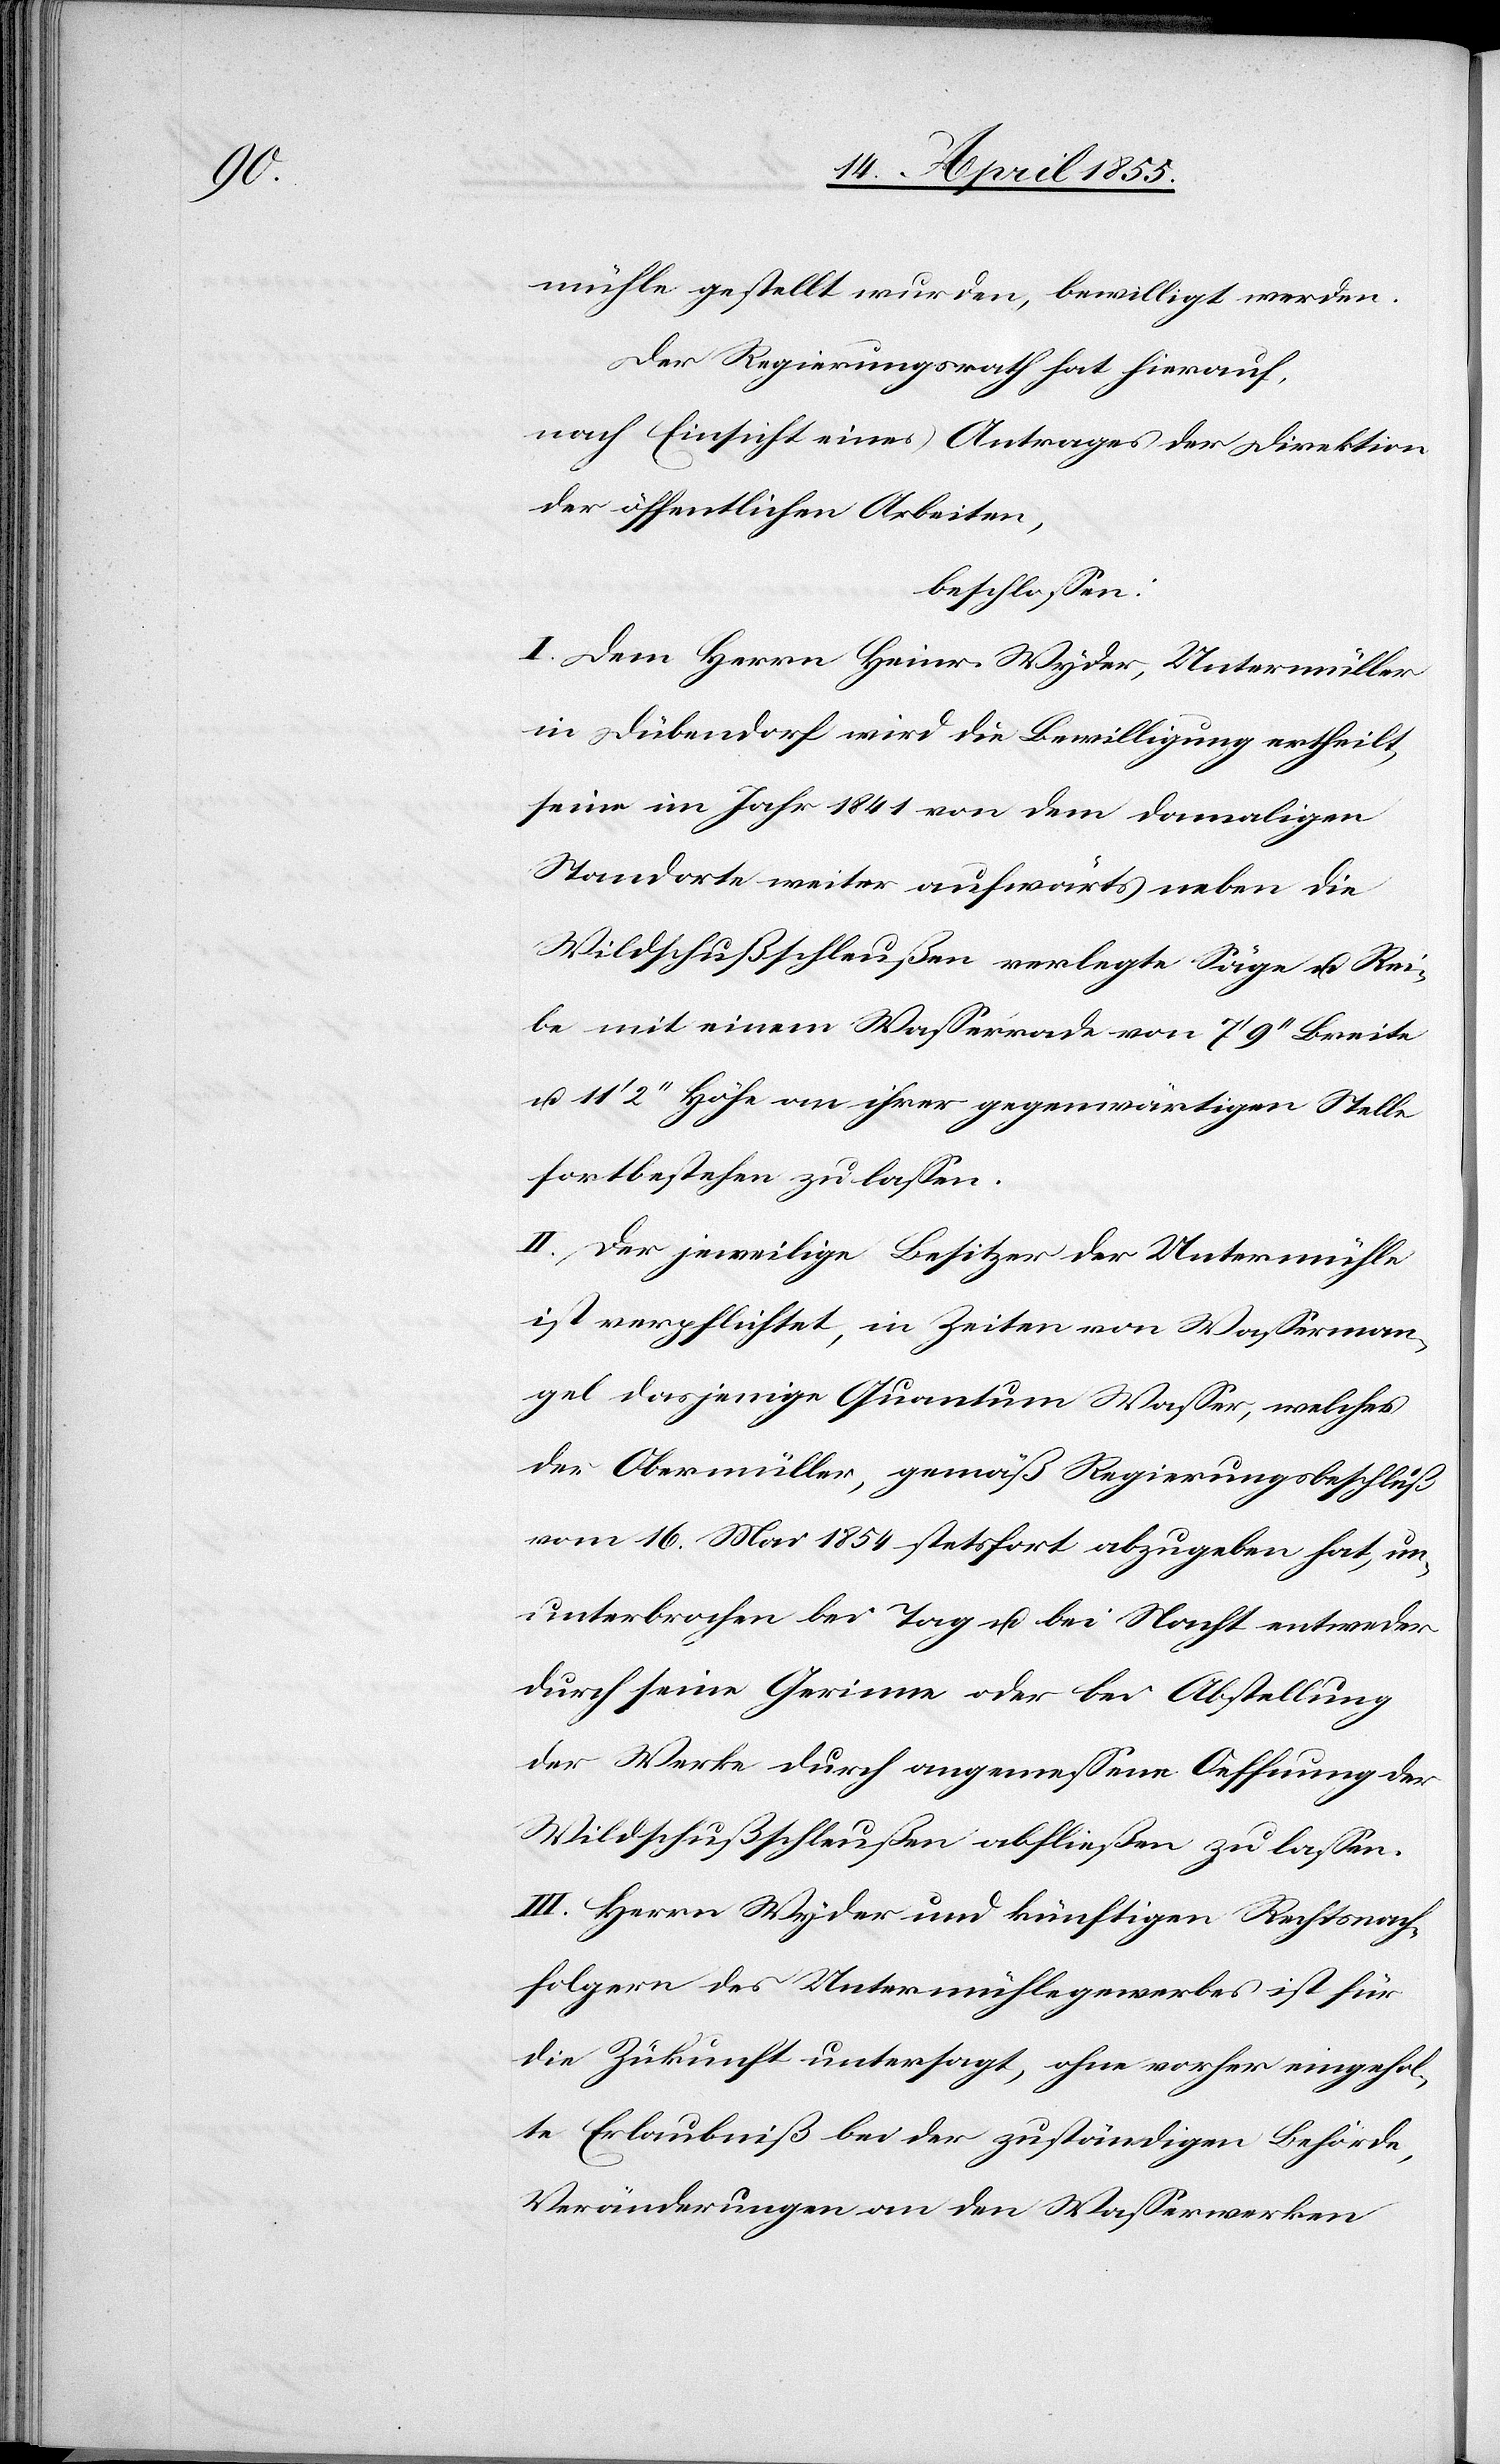
mühle gestellt wurden, bewilligt werden.
Der Regierungsrath hat hierauf,
nach Einsicht eines Antrages der Direktion
der öffentlichen Arbeiten,
beschlossen:
I. Dem Herrn Heinr. Wyder, Untermüller
in Dübendorf wird die Bewilligung ertheilt,
seine im Jahr 1841 von dem damaligen
Standorte weiter aufwärts neben die
Wildschußschleußen verlegte Säge u. Rei¬
be mit einem Wasserrade von 7‘ 9‘‘ Breite
u. 11‘ 2‘‘ Höhe an ihrer gegenwärtigen Stelle
fortbestehen zu lassen.
II. Der jeweilige Besitzer der Untermühle
ist verpflichtet, in Zeiten von Wasserman¬
gel dasjenige Quantum Wasser, welches
der Obermüller, gemäß Regierungsbeschluß
vom 16. Mai 1854 stetsfort abzugeben hat, un¬
unterbrochen bei Tag u. bei Nacht entweder
durch seine Gerinne oder bei Abstellung
der Werke durch angemessene Oeffnung der
Wildschußschleußen abfließen zu lassen.
III. Herrn Wyder und künftigen Rechtsnach¬
folgern des Untermühlegewerbes ist für
die Zukunft untersagt, ohne vorher eingehol¬
te Erlaubniß bei der zuständigen Behörde,
Veränderungen an den Wasserwerken